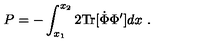
P = - \int _ { x _ { 1 } } ^ { x _ { 2 } } 2 \mathrm { T r } [ \dot { \Phi } \Phi ^ { \prime } ] d x \ .